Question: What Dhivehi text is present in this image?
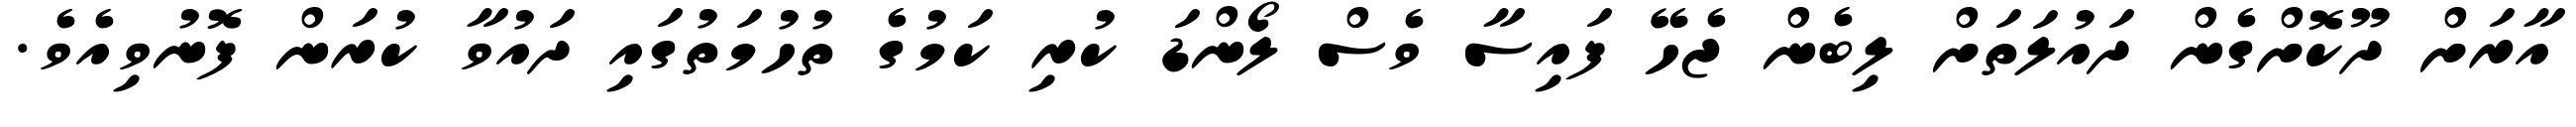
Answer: އާރަށް ދޫކޮށްގެން ދައުލަތަށް ލިބެން ޖެހޭ ފައިސާ ވެސް ލޯންޑަ ކުރި ކަމުގެ ތުހުމަތުގައި ދައުވާ ކުރަން ފޮނުވިއެވެ.